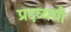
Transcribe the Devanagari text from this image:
प्रदव्ययी